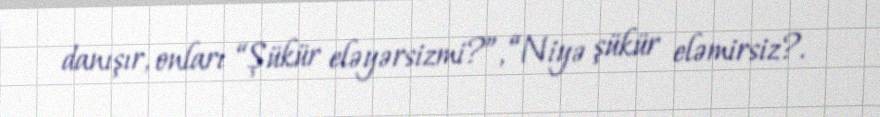
danışır, onları “Şükür eləyərsizmi?”, “Niyə şükür eləmirsiz?.